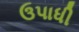
ઉપાધી